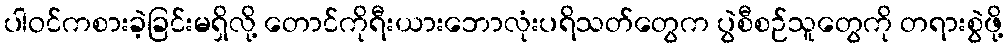
ပါဝင်ကစားခဲ့ခြင်းမရှိလို့ တောင်ကိုရီးယားဘောလုံးပရိသတ်တွေက ပွဲစီစဉ်သူတွေကို တရားစွဲဖို့